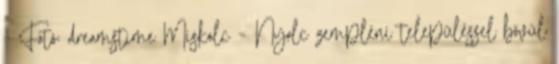
- Fotó: dreamstime Miskolc – Nyolc zempléni településsel bővül